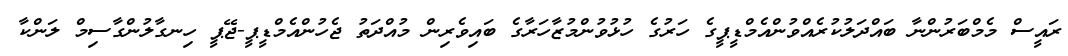
ރައީސް މެމްބަރުންނާ ބައްދަލުކުރެއްވުންއެމްޑީޕީގެ ހަރުގެ ހުޅުވުންމުޒާހަރާގެ ބައިވެރިން މުއްދަތު ޖެހުންއެމްޑީޕީ-ޖޭޕީ ހިނގާލުންގާސިމް ލަންކާ